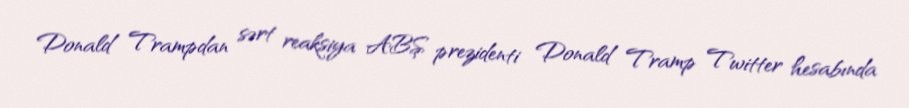
Donald Trampdan sərt reaksiya ABŞ prezidenti Donald Tramp Twitter hesabında